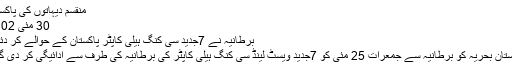
منقسم دیہاتوں کی پاکستان
30 مئی‬‮ 2017
برطانیہ نے 7جدید سی کنگ ہیلی کاپٹر پاکستان کے حوالے کر دئیے
پاکستان بحریہ کو برطانیہ سے جمعرات 25 مئی کو 7جدید ویسٹ لینڈ سی کنگ ہیلی کاپٹر کی برطانیہ کی طرف سے ادائیگی کر دی گئی۔